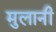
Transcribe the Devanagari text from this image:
मुलानी